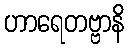
ဟာရေတဗ္ဗာနိ